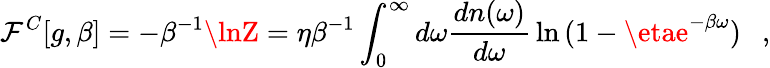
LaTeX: \mathcal{F}^{C}[g,\beta]=-\beta^{-1}\lnZ=\eta\beta^{-1}\int_{0}^{\infty}d\omega{\frac{{dn(\omega)}}{{d\omega}}}\ln{(1-\etae^{-\beta\omega})}~~~,